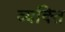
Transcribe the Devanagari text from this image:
व्‍यक्‍ति